Indian Medical Review
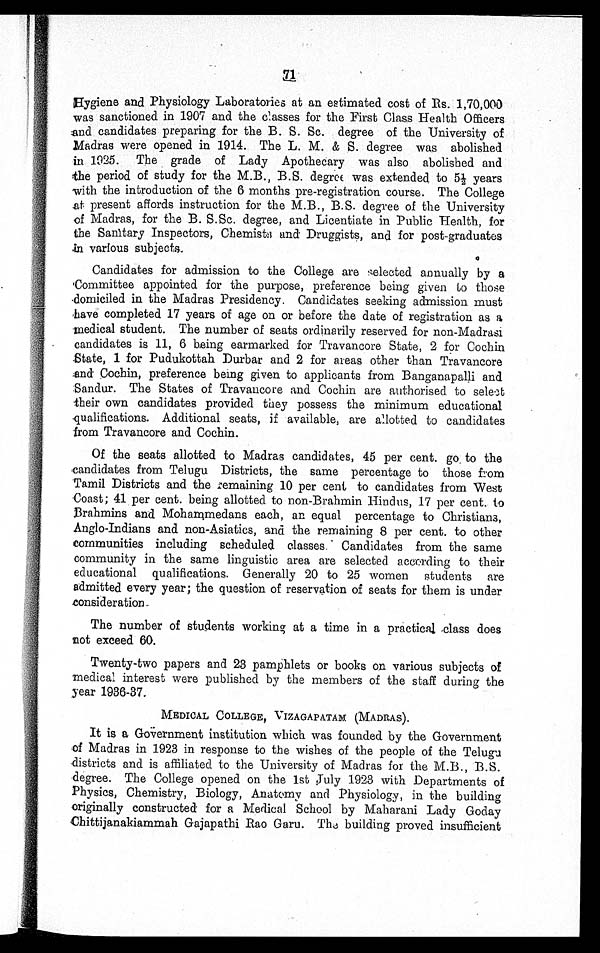
71
Hygiene and Physiology Laboratories at an estimated cost of Rs. 1,70,000
was sanctioned in 1907 and the classes for the First Class Health Officers
and candidates preparing for the B. S. Sc. degree of the University of
Madras were opened in 1914. The L. M. & S. degree was abolished
in 1925. The grade of Lady Apothecary was also abolished and
the period of study for the M.B., B.S. degree was extended to 5½ years
with the introduction of the 6 months pre-registration course. The College
at present affords instruction for the M.B., B.S. degree of the University
of Madras, for the B. S.Sc. degree, and Licentiate in Public Health, for
the Sanitary Inspectors, Chemists and Druggists, and for post-graduates
in various subjects.
Candidates for admission to the College are selected annually by a
Committee appointed for the purpose, preference being given to those
domiciled in the Madras Presidency. Candidates seeking admission must
have completed 17 years of age on or before the date of registration as a
medical student. The number of seats ordinarily reserved for non-Madrasi
candidates is 11, 6 being earmarked for Travancore State, 2 for Cochin
State, 1 for Pudukottah Durbar and 2 for areas other than Travancore
and Cochin, preference being given to applicants from Banganapalli and
Sandur. The States of Travancore and Cochin are authorised to select
their own candidates provided they possess the minimum educational
qualifications. Additional seats, if available, are allotted to candidates
from Travancore and Cochin.
Of the seats allotted to Madras candidates, 45 per cent. go to the
candidates from Telugu Districts, the same percentage to those from
Tamil Districts and the remaining 10 per cent to candidates from West
Coast; 41 per cent. being allotted to non-Brahmin Hindus, 17 per cent. to
Brahmins and Mohammedans each, an equal percentage to Christians,
Anglo-Indians and non-Asiatics, and the remaining 8 per cent. to other
communities including scheduled classes. Candidates from the same
community in the same linguistic area are selected according to their
educational qualifications. Generally 20 to 25 women students are
admitted every year; the question of reservation of seats for them is under
consideration.
The number of students working at a time in a practical class does
not exceed 60.
Twenty-two papers and 23 pamphlets or books on various subjects of
medical interest were published by the members of the staff during the
year 1936-37.
MEDICAL COLLEGE, VIZAGAPATAM (MADRAS).
It is a Government institution which was founded by the Government
of Madras in 1923 in response to the wishes of the people of the Telugu
districts and is affiliated to the University of Madras for the M.B., B.S.
degree. The College opened on the 1st July 1923 with Departments of
Physics, Chemistry, Biology, Anatomy and Physiology, in the building
originally constructed for a Medical School by Maharani Lady Goday
Chittijanakiammah Gajapathi Rao Garu. The building proved insufficient